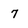
Character: 7